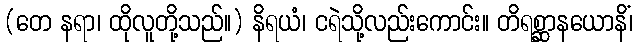
(တေ နရာ၊ ထိုလူတို့သည်။) နိရယံ၊ ငရဲသို့လည်းကောင်း။ တိရစ္ဆာနယောနိံ၊